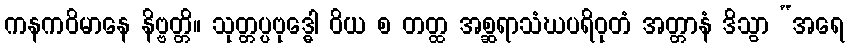
ကနကဝိမာနေ နိဗ္ဗတ္တိ။ သုတ္တပ္ပဗုဒ္ဓေါ ဝိယ စ တတ္ထ အစ္ဆရာသံဃပရိဝုတံ အတ္တာနံ ဒိသွာ “အရေ